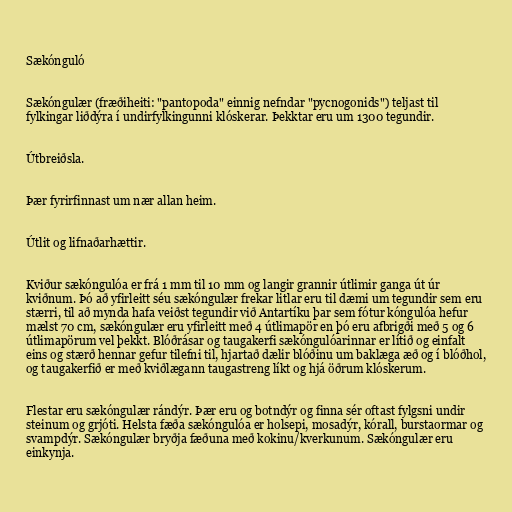
Sækónguló

Sækóngulær (fræðiheiti: "pantopoda" einnig nefndar "pycnogonids") teljast til
fylkingar liðdýra í undirfylkingunni klóskerar. Þekktar eru um 1300 tegundir.

Útbreiðsla.

Þær fyrirfinnast um nær allan heim.

Útlit og lifnaðarhættir.

Kviður sækóngulóa er frá 1 mm til 10 mm og langir grannir útlimir ganga út úr
kviðnum. Þó að yfirleitt séu sækóngulær frekar litlar eru til dæmi um tegundir sem eru
stærri, til að mynda hafa veiðst tegundir við Antartíku þar sem fótur kóngulóa hefur
mælst 70 cm, sækóngulær eru yfirleitt með 4 útlimapör en þó eru afbrigði með 5 og 6
útlimapörum vel þekkt. Blóðrásar og taugakerfi sækóngulóarinnar er lítið og einfalt
eins og stærð hennar gefur tilefni til, hjartað dælir blóðinu um baklæga æð og í blóðhol,
og taugakerfið er með kviðlægann taugastreng líkt og hjá öðrum klóskerum.

Flestar eru sækóngulær rándýr. Þær eru og botndýr og finna sér oftast fylgsni undir
steinum og grjóti. Helsta fæða sækóngulóa er holsepi, mosadýr, kórall, burstaormar og
svampdýr. Sækóngulær bryðja fæðuna með kokinu/kverkunum. Sækóngulær eru
einkynja.